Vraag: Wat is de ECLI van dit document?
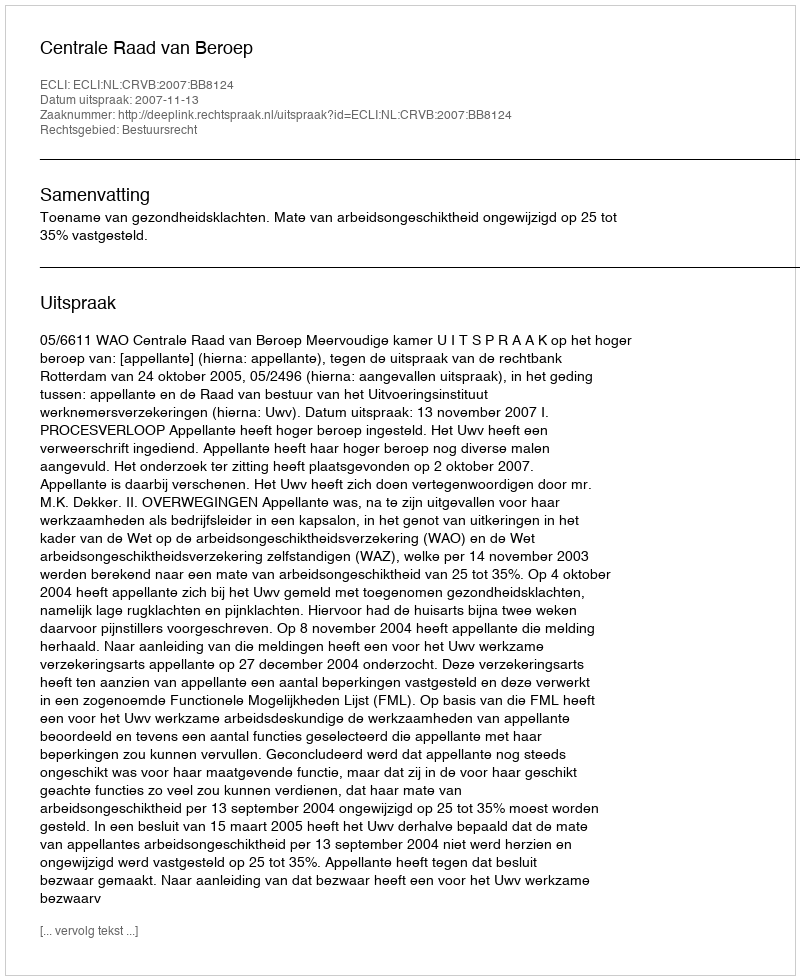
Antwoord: ECLI:NL:CRVB:2007:BB8124